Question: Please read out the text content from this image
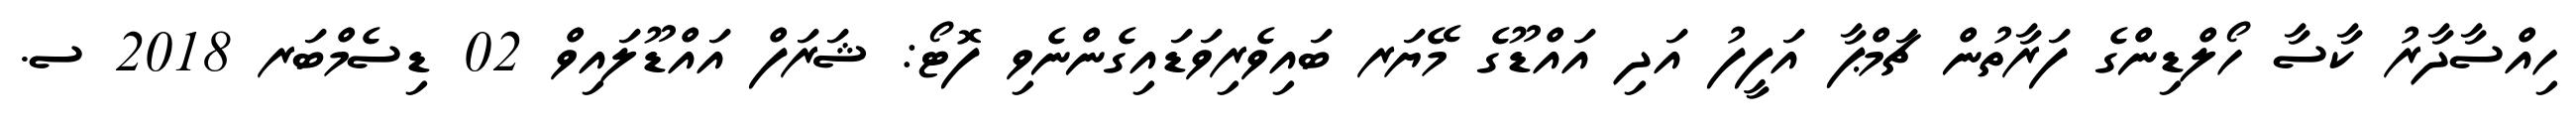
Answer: ހިއްސާދާރު ކާސާ ހޯލްޑިންގެ ފަރާތުން ޗަމްޕާ އަފީފު އަދި އައްޑޫގެ މޭޔަރ ބައިވެރިވަޑައިގެންނެވި ފޮޓޯ: ޝަރަފް އައްޑޫލައިވް 02 ޑިސެމްބަރ 2018 ސ.